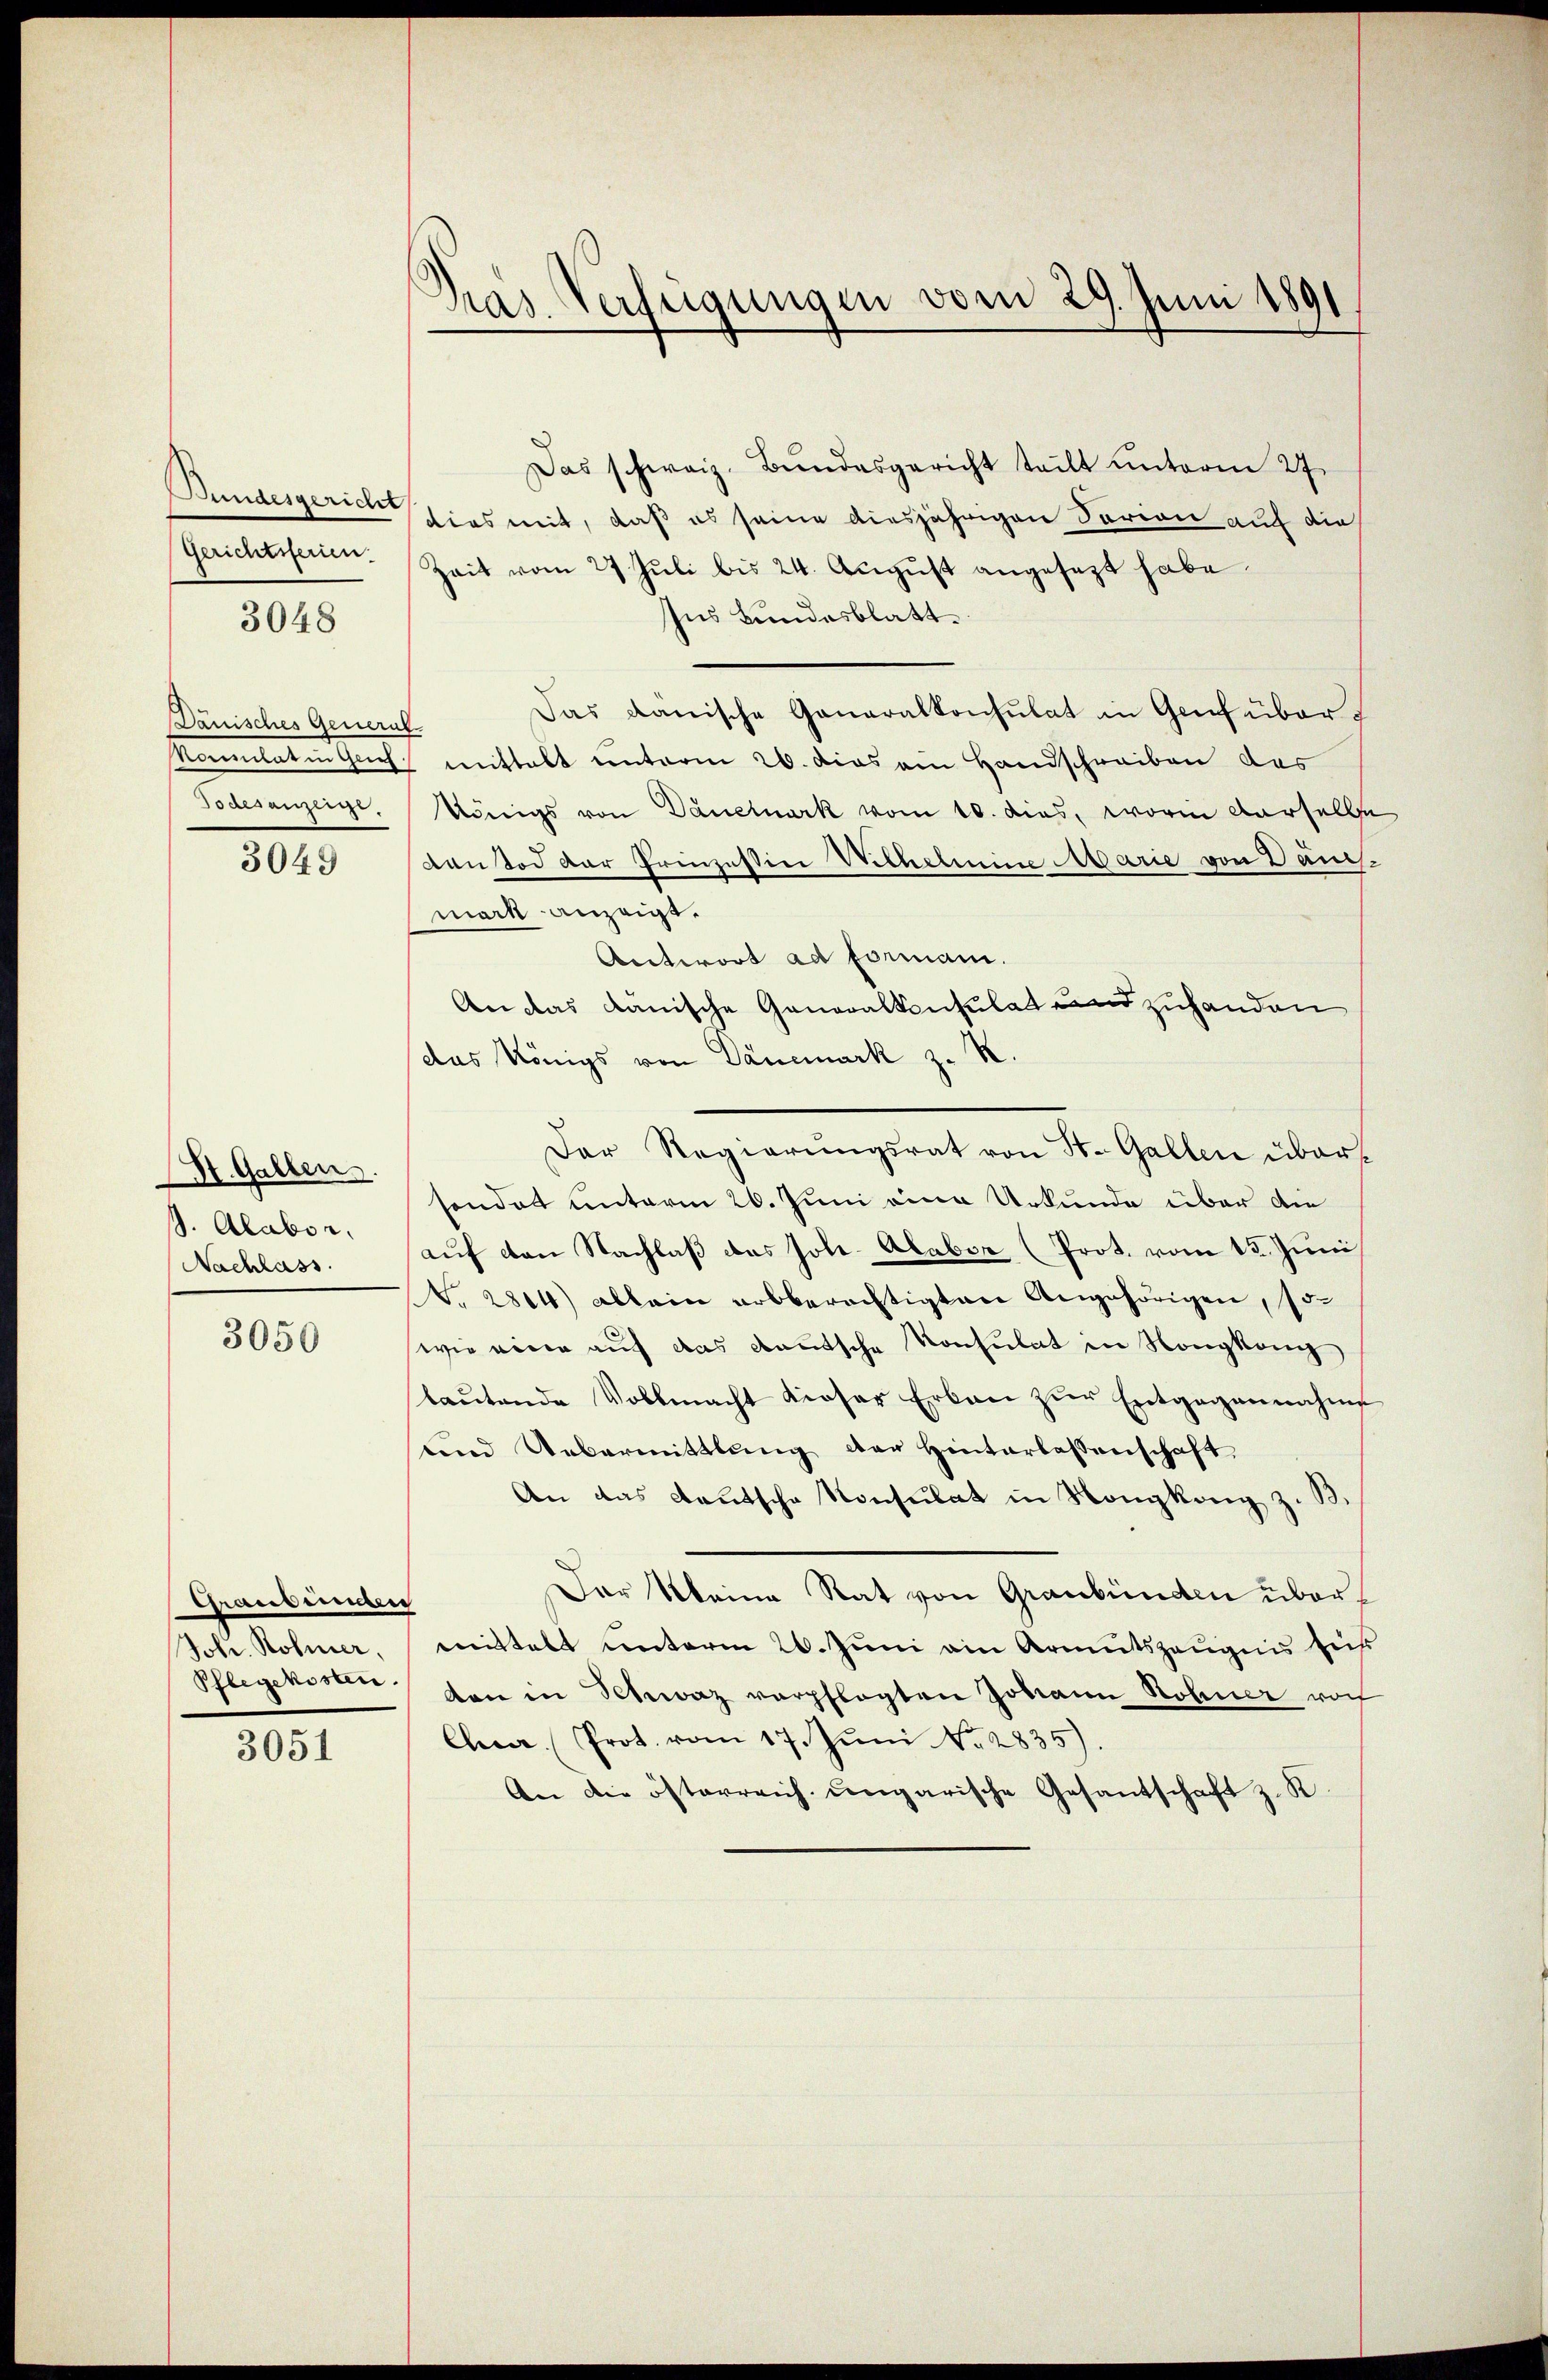
Bundesgericht
Gerichtsferien.

3048

Pänisches General
Komitaten Gart
Scalanzliche
3049

St. Gallen.
d. Alabor.
Nachlass

3050

Grandungen
Jobe. Rohner,
Pflegekosten.

3051

Pras Verfügungen vom 29. Juni 1891

Das schweiz. Bundesgericht teilt unterm 27.
dies mit, daß es seine diesjährigen Serien auf die
Zeit vom 27. Jŭli bis 24. Aŭgŭst angesezt habe.
Ins Bundesblatt.
Das danische Ganaralkonsulat in Genf übermittalt unterm 26. dies am Handschreiben das
Königs von Dauernark vom 10. dies, worin derselbe
ventod der Prinzessine Wethelmine Marie von Dänimark anzeigt.
Antwort ad Formani.
An das kanische Generalkonsulat und zuhanden
das Königs von Dänemark z. R.
Der Regierungsrat von St. Gallen übersonder unterm 26. Juni eine Urkunde über die
auf den Nachlaß das Joh. Alabor (Prot. vom 13. Juni
T. 2804) allein arbberechtigten Angehörigen, so
wie eine auf das deutsche Konsulat in Nongkang
laŭtende Vollmacht dieser Erban zur Entgegennahme
und Uebermittlung der Hinterlassenschaft,
An das Kautsche Konsulat in Nongkong z. B.
Der Meine Rat von Graubünden übermittelt unterm 26. Juni ain Armutszeugnis heis
den in Schweiz verpflegten Johann Sohner noch
Cher. Prot. vom 17. Jŭni No. 2835)
An die österreich ungarische Gesantschaft z. K.